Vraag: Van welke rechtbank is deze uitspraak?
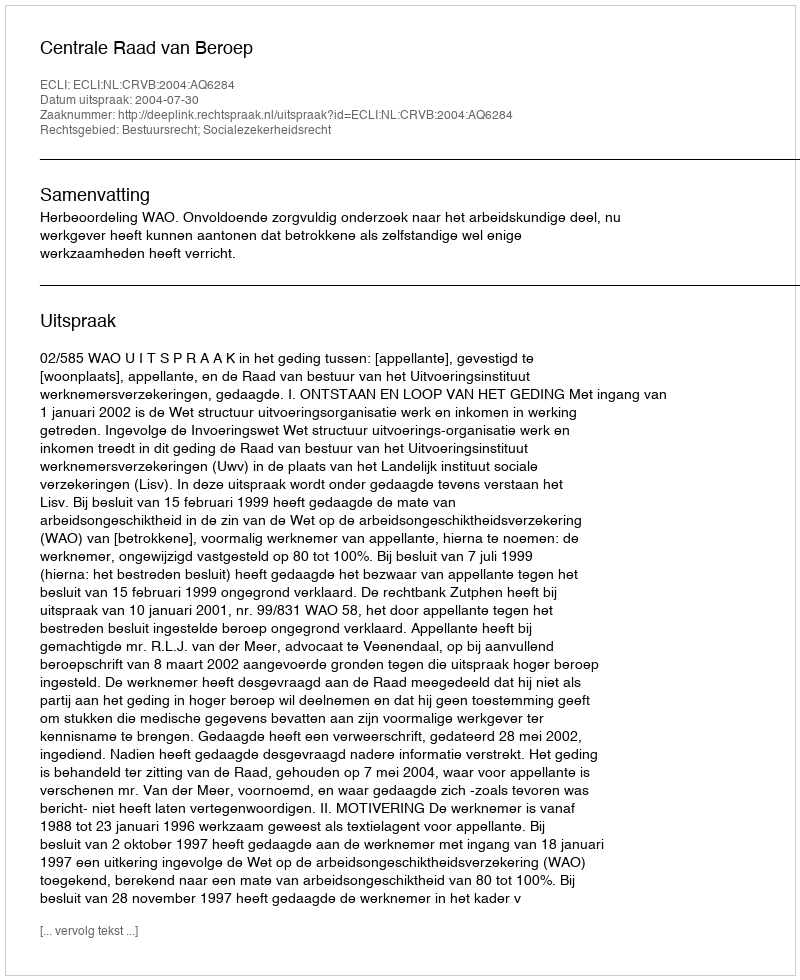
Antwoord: Centrale Raad van Beroep